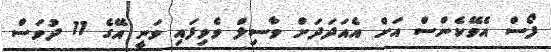
ފޯސް އެވޭކެންސް އަށް އެއަދަދަށް ވާސިލް ވެވިފައި ވަނީ އޭގެ 11 ދުވަސް